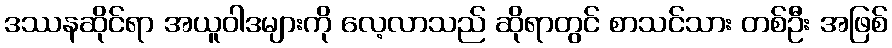
ဒဿနဆိုင်ရာ အယူဝါဒများကို လေ့လာသည် ဆိုရာတွင် စာသင်သား တစ်ဦး အဖြစ်